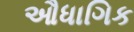
ઔધાગિક